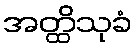
အတ္ထိသုခံ